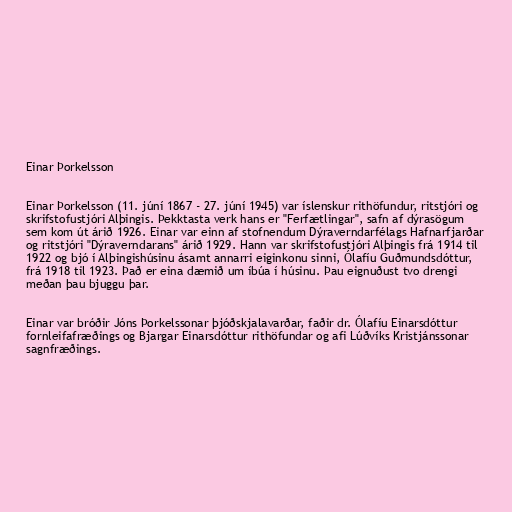
Einar Þorkelsson

Einar Þorkelsson (11. júní 1867 - 27. júní 1945) var íslenskur rithöfundur, ritstjóri og
skrifstofustjóri Alþingis. Þekktasta verk hans er "Ferfætlingar", safn af dýrasögum
sem kom út árið 1926. Einar var einn af stofnendum Dýraverndarfélags Hafnarfjarðar
og ritstjóri "Dýraverndarans" árið 1929. Hann var skrifstofustjóri Alþingis frá 1914 til
1922 og bjó í Alþingishúsinu ásamt annarri eiginkonu sinni, Ólafíu Guðmundsdóttur,
frá 1918 til 1923. Það er eina dæmið um íbúa í húsinu. Þau eignuðust tvo drengi
meðan þau bjuggu þar.

Einar var bróðir Jóns Þorkelssonar þjóðskjalavarðar, faðir dr. Ólafíu Einarsdóttur
fornleifafræðings og Bjargar Einarsdóttur rithöfundar og afi Lúðvíks Kristjánssonar
sagnfræðings.